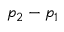
p _ { 2 } - p _ { 1 }